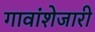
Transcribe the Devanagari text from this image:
गावांशेजारी